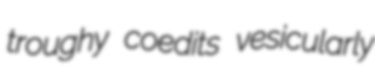
troughy coedits vesicularly